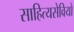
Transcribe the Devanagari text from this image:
साहित्यसेवियों